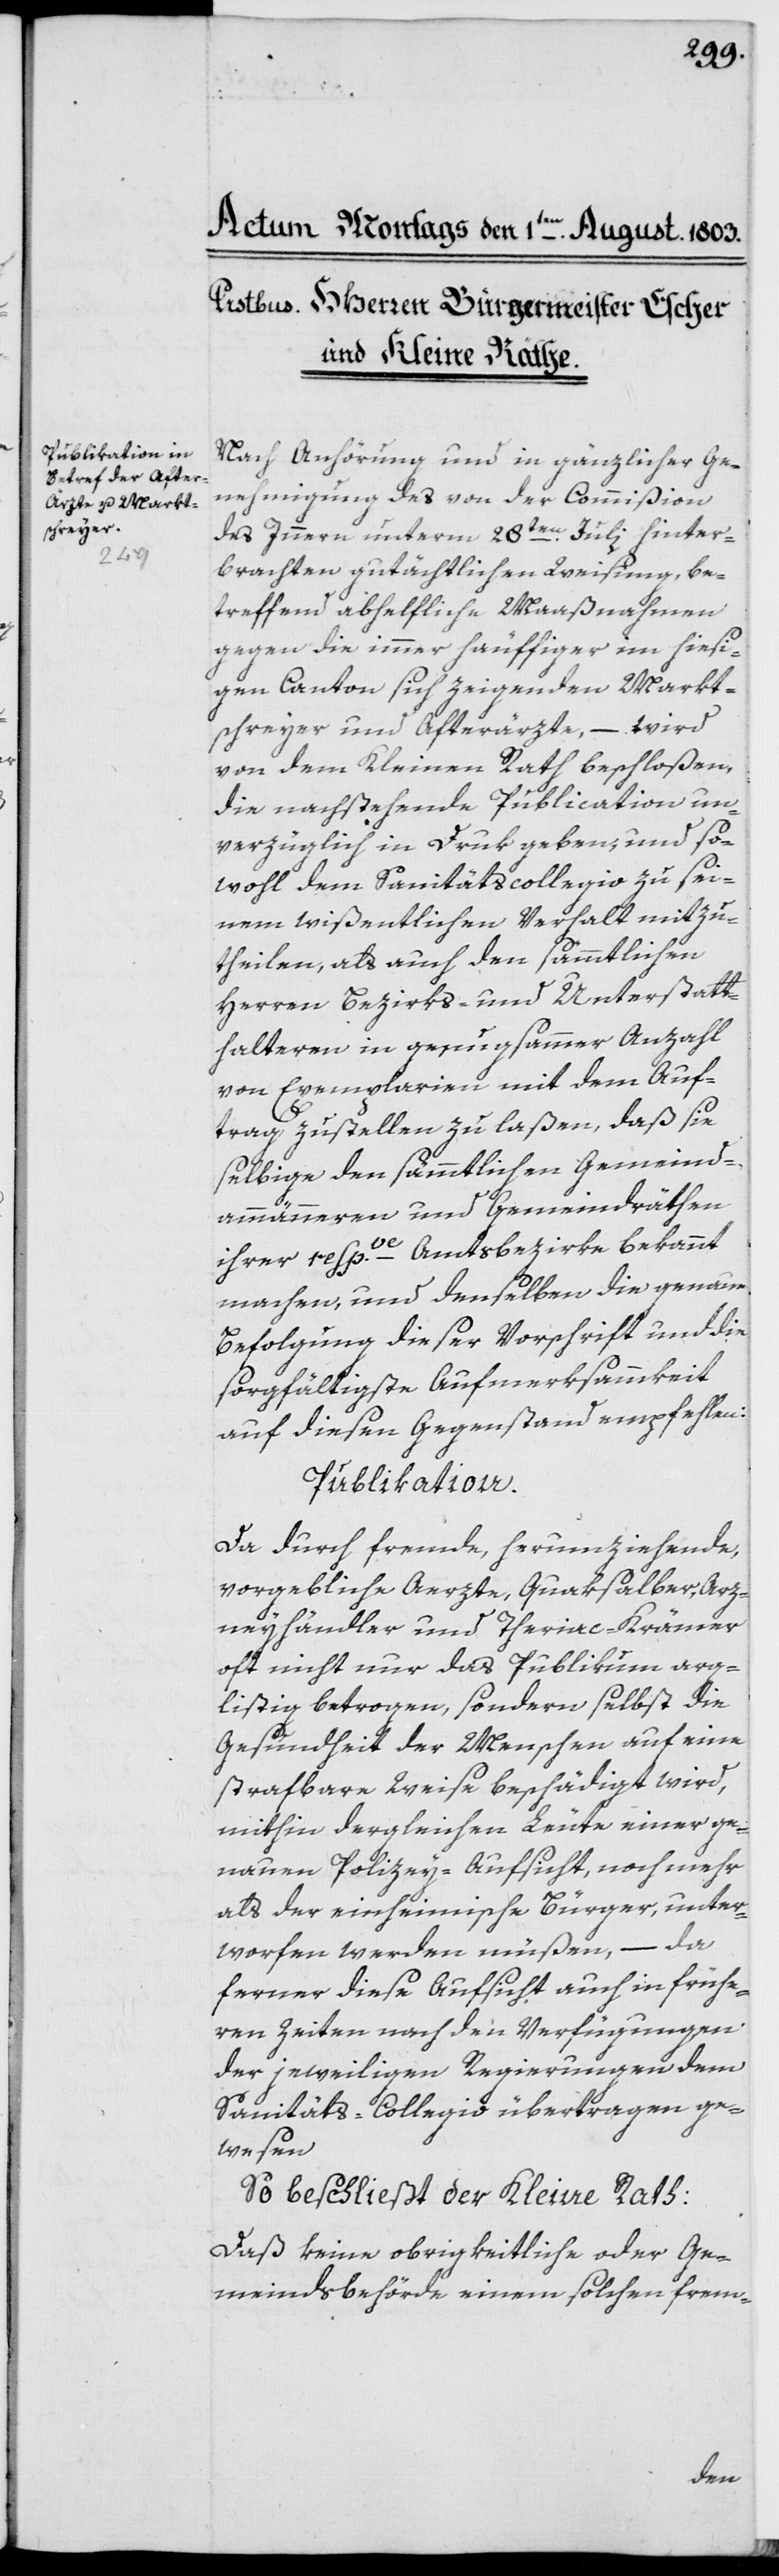
Nach Anhörung und in gänzlicher Ge¬
nehmigung des von der Commißion
des Innern unterm 28ten Juli hinter¬
brachten gutächtlichen Weisung, be¬
treffend abhelfliche Maaßnahmen
gegen die immer häuffiger im hiesi¬
gen Canton sich zeigenden Markt¬
schreyer und Afterärzte, – wird
von dem Kleinen Rath beschloßen,
die nachstehende Publication un¬
verzüglich in Druk geben, und so¬
wohl dem Sanitätscollegio zu sei¬
nem wißentlichen Verhalt mitzu¬
theilen, als auch den sämmtlichen
Herren Bezirks- und Unterstatt¬
halteren in genugsammer Anzahl
von Exemplarien mit dem Auf¬
trag zustellen zu laßen, daß sie
selbige den sämmtlichen Gemeind¬
ammänneren und Gemeindräthen
ihrer respve Amtsbezirke bekannt
machen, und denselben die genaue
Befolgung dieser Vorschrift und die
sorgfältigste Aufmerksammkeit
auf diesen Gegenstand empfehlen:
Publikation.
Da durch fremde, herumziehende,
vorgebliche Aerzte, Quaksalber, Arz¬
neyhändler und Theriac-Krämer
oft nicht nur das Publikum arg¬
listig betrogen, sondern selbst die
Gesundheit der Menschen auf eine
strafbare Weise beschädigt wird,
mithin dergleichen Leute einer ge¬
nauen Polizey-Aufsicht, noch mehr
als der einheimische Bürger, unter¬
worfen werden müßen, – da
ferner diese Aufsicht auch in frühe¬
ren Zeiten nach den Verfügungen
der jeweiligen Regierungen dem
Sanitäts-Collegio übertragen ge¬
wesen
So beschließt der Kleine Rath:
Daß keine obrigkeitliche oder Ge¬
meindsbehörde einem solchen frem-